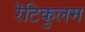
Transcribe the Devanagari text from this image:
रॆटिकुलम